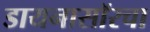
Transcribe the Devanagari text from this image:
डायनासॉरचा